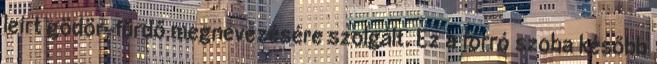
leírt gödör-fürdő megnevezésére szolgált. Ez a forró szoba később